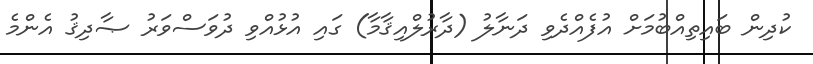
ކުދިން ބައިތިއްބުމަށް އުފެއްދެވި ދަނާލު (ދާރުލްއިޤާމާ) ގައި އުޅުއްވި ދުވަސްވަރު ޞާދިޤު އެންމެ